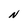
Character: N